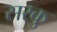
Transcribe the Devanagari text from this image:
सरकु